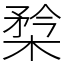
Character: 㮗